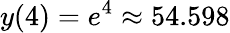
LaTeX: y(4)=e^{4}\approx 54.598